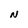
Character: N